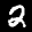
Label: 2